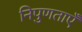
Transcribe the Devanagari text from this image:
निपुणताएँ